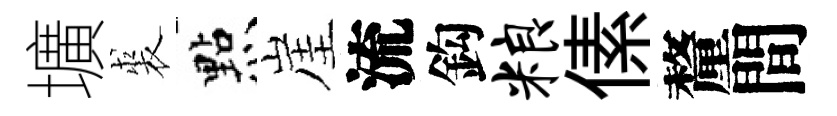
壙裘㸃崖流鈎粮傃釐間